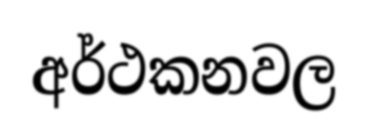
අර්ථකනවල